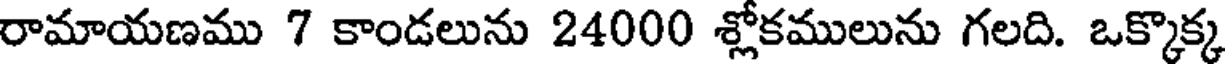
రామాయణము 7 కాండలును 24000 శ్లోకములును గలది. ఒక్కొక్క